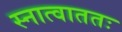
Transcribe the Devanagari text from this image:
स्नात्वाततः